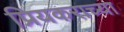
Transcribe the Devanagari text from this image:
प्रियकराच्या